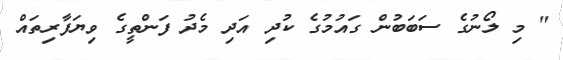
" މި ލޯނުގެ ސަބަބުން ގައުމުގެ ކުދި އަދި މެދު ފަންތީގެ ވިޔަފާރިތައް